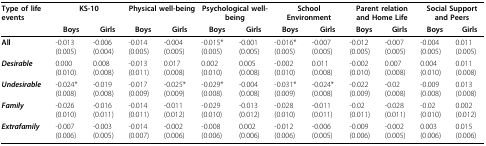
<table><thead><tr><td><b>Type of life events</b></td><td colspan="2"><b>KS-10</b></td><td colspan="2"><b>Physical well-being</b></td><td colspan="2"><b>Psychological well-being</b></td><td colspan="2"><b>School Environment</b></td><td colspan="2"><b>Parent relation and Home Life</b></td><td colspan="2"><b>Social Support and Peers</b></td></tr><tr><td></td><td><b>Boys</b></td><td><b>Girls</b></td><td><b>Boys</b></td><td><b>Girls</b></td><td><b>Boys</b></td><td><b>Girls</b></td><td><b>Boys</b></td><td><b>Girls</b></td><td><b>Boys</b></td><td><b>Girls</b></td><td><b>Boys</b></td><td><b>Girls</b></td></tr></thead><tbody><tr><td><b>All</b></td><td>-0.013 (0.005)</td><td>-0.006 (0.004)</td><td>-0.014 (0.005)</td><td>-0.004 (0.005)</td><td>-0.015* (0.005)</td><td>-0.001 (0.005)</td><td>-0.016* (0.005)</td><td>-0.007 (0.005)</td><td>-0.012 (0.005)</td><td>-0.007 (0.005)</td><td>-0.004 (0.005)</td><td>0.011 (0.005)</td></tr><tr><td><b><i>Desirable</i></b></td><td>0.000 (0.010)</td><td>0.008 (0.008)</td><td>-0.013 (0.011)</td><td>0.017 (0.008)</td><td>0.002 (0.010)</td><td>0.005 (0.008)</td><td>-0.002 (0.010)</td><td>0.011 (0.008)</td><td>-0.002 (0.010)</td><td>0.007 (0.008)</td><td>0.004 (0.010)</td><td>0.011 (0.008)</td></tr><tr><td><b><i>Undesirable</i></b></td><td>-0.024* (0.008)</td><td>-0.019 (0.008)</td><td>-0.017 (0.009)</td><td>-0.025* (0.009)</td><td>-0.029* (0.008)</td><td>-0.004 (0.008)</td><td>-0.031* (0.009)</td><td>-0.024* (0.008)</td><td>-0.022 (0.009)</td><td>-0.02 (0.008)</td><td>-0.009 (0.008)</td><td>0.013 (0.008)</td></tr><tr><td><b><i>Family</i></b></td><td>-0.026 (0.010)</td><td>-0.016 (0.011)</td><td>-0.014 (0.011)</td><td>-0.011 (0.012)</td><td>-0.029 (0.010)</td><td>-0.013 (0.012)</td><td>-0.028 (0.010)</td><td>-0.011 (0.011)</td><td>-0.02 (0.011)</td><td>-0.028 (0.011)</td><td>-0.02 (0.010)</td><td>0.002 (0.012)</td></tr><tr><td><b><i>Extrafamily</i></b></td><td>-0.007 (0.006)</td><td>-0.003 (0.005)</td><td>-0.014 (0.007)</td><td>-0.002 (0.006)</td><td>-0.008 (0.006)</td><td>0.002 (0.006)</td><td>-0.012 (0.006)</td><td>-0.006 (0.005)</td><td>-0.009 (0.006)</td><td>-0.002 (0.005)</td><td>0.003 (0.006)</td><td>0.015 (0.006)</td></tr></tbody></table>